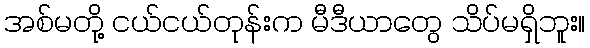
အစ်မတို့ ငယ်ငယ်တုန်းက မီဒီယာတွေ သိပ်မရှိဘူး။